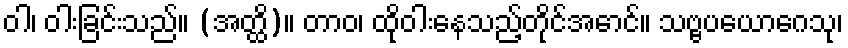
ဝါ၊ ဝါးခြင်းသည်။ (အတ္ထိ)။ တာဝ၊ ထိုဝါးနေသည့်တိုင်အောင်။ သဗ္ဗပယောဂေသု၊